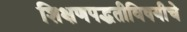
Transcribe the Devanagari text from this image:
शिक्षणपद्धतीविषयीचे